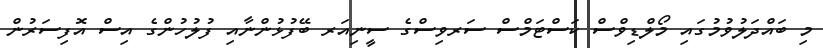
މި ބައްދަލުވުމުގައި މޯލްޑިވްސް ކަސްޓަމްސް ސަރވިސްގެ ސީނިއަރ ބޭފުޅުންނާއި ފުލުހުންގެ އިސް އޮފިސަރުން